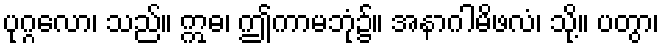
ပုဂ္ဂလော၊ သည်။ ဣဓ၊ ဤကာမဘုံ၌။ အနာဂါမိဖလံ၊ သို့။ ပတွာ၊